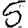
Digit: 5